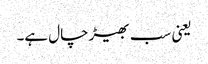
یعنی سب بھیڑ چال ہے۔